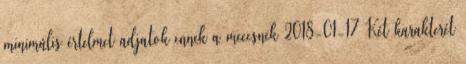
minimális értelmet adjatok ennek a meccsnek 2018-01-17 Két karakterét